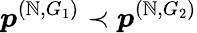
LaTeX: \boldsymbol{p}^{(\mathbb{N},G_{1})}\prec\boldsymbol{p}^{(\mathbb{N},G_{2})}